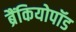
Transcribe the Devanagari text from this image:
ब्रैंकियोपॉड